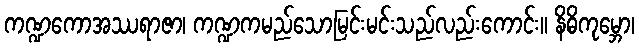
ကဏ္ဍကောအဿရာဇာ၊ ကဏ္ဍကမည်သောမြင်းမင်းသည်လည်းကောင်း။ နိဓိကုမ္ဘော၊